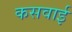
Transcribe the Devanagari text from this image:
कसवाई